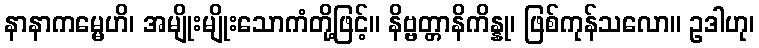
နာနာကမ္မေဟိ၊ အမျိုးမျိုးသောကံတို့ဖြင့်။ နိဗ္ဗတ္တာနိကိန္နု၊ ဖြစ်ကုန်သလော။ ဥဒါဟု၊